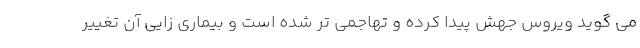
می گوید ویروس جهش پیدا کرده و تهاجمی تر شده است و بیماری زایی آن تغییر